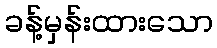
ခန့်မှန်းထားသော